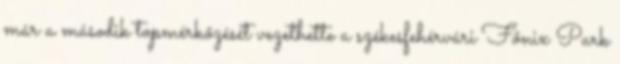
már a második topmérkőzését vezethette a székesfehérvári Főnix Park